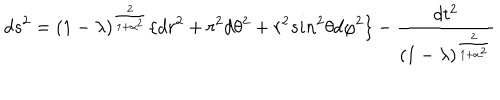
d s ^ { 2 } = ( 1 - \lambda ) ^ { \frac { 2 } { 1 + \alpha ^ { 2 } } } \lbrace d r ^ { 2 } + r ^ { 2 } d \theta ^ { 2 } + r ^ { 2 } s i n ^ { 2 } \theta d \varphi ^ { 2 } \rbrace - { \frac { d t ^ { 2 } } { ( 1 - \lambda ) ^ { \frac { 2 } { 1 + \alpha ^ { 2 } } } } }